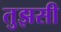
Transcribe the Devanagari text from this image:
तुझसी